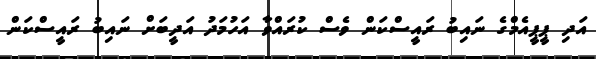
އަދި ޕީޕީއެމްގެ ނައިބު ރައީސްކަން ވެސް ކުރައްވާ އަހުމަދު އަދީބަށް ނައިބު ރައީސްކަން